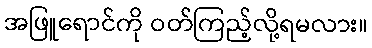
အဖြူရောင်ကို ဝတ်ကြည့်လို့ရမလား။